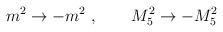
LaTeX: \begin{align*}m^2 \rightarrow -m^2~, \qquad M_5^2 \rightarrow -M_5^2 \end{align*}